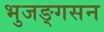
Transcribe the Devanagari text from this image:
भुजङ्गसन